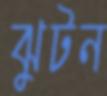
ঝুটন